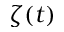
\zeta ( t )